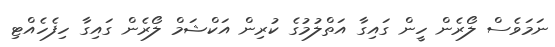
ނަމަވެސް ލޯރެން ހީން ގައިގާ އަތްލުމުގެ ކުރިން އަކްޝަމް ލޯރެން ގައިގާ ހިފެހެއްޓި